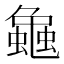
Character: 𧑴